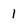
Character: 1